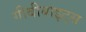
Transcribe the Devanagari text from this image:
गीबीबाइट्स